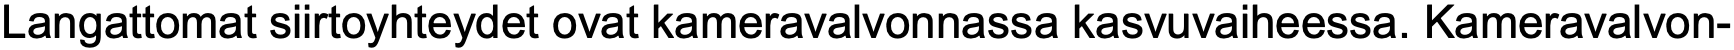
Langattomat siirtoyhteydet ovat kameravalvonnassa kasvuvaiheessa. Kameravalvon-